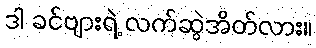
ဒါ ခင်ဗျားရဲ့ လက်ဆွဲအိတ်လား။